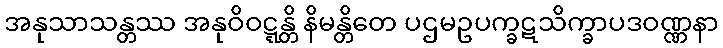
အနုသာသန္တဿ အနုဝိဝဋ္ဋန္တိ နိမန္တိတေ ပဌမဥပက္ခဋသိက္ခာပဒဝဏ္ဏနာ